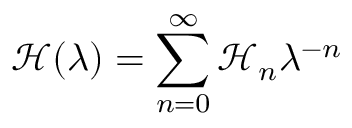
\mathcal { H } ( \lambda ) = \sum _ { n = 0 } ^ { \infty } { \mathcal H } _ { n } \lambda ^ { - n }